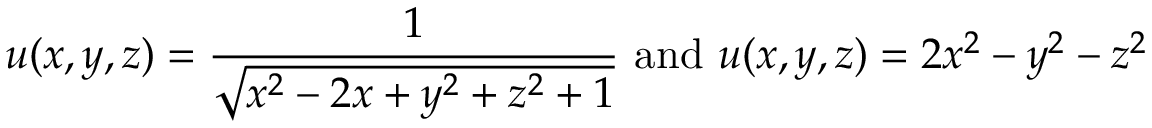
u ( x , y , z ) = { \frac { 1 } { \sqrt { x ^ { 2 } - 2 x + y ^ { 2 } + z ^ { 2 } + 1 } } } { \mathrm { ~ a n d ~ } } u ( x , y , z ) = 2 x ^ { 2 } - y ^ { 2 } - z ^ { 2 }